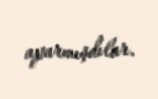
aparmışdılar.